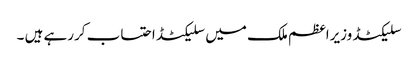
سلیکٹڈ وزیراعظم ملک میں سلیکٹڈ احتساب کررہے ہیں ۔